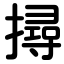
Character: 撏